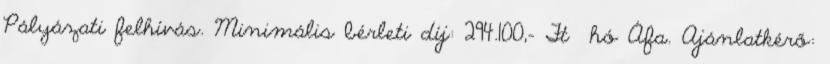
Pályázati felhívás. Minimális bérleti díj: 294.100,- Ft hó Áfa. Ajánlatkérő: